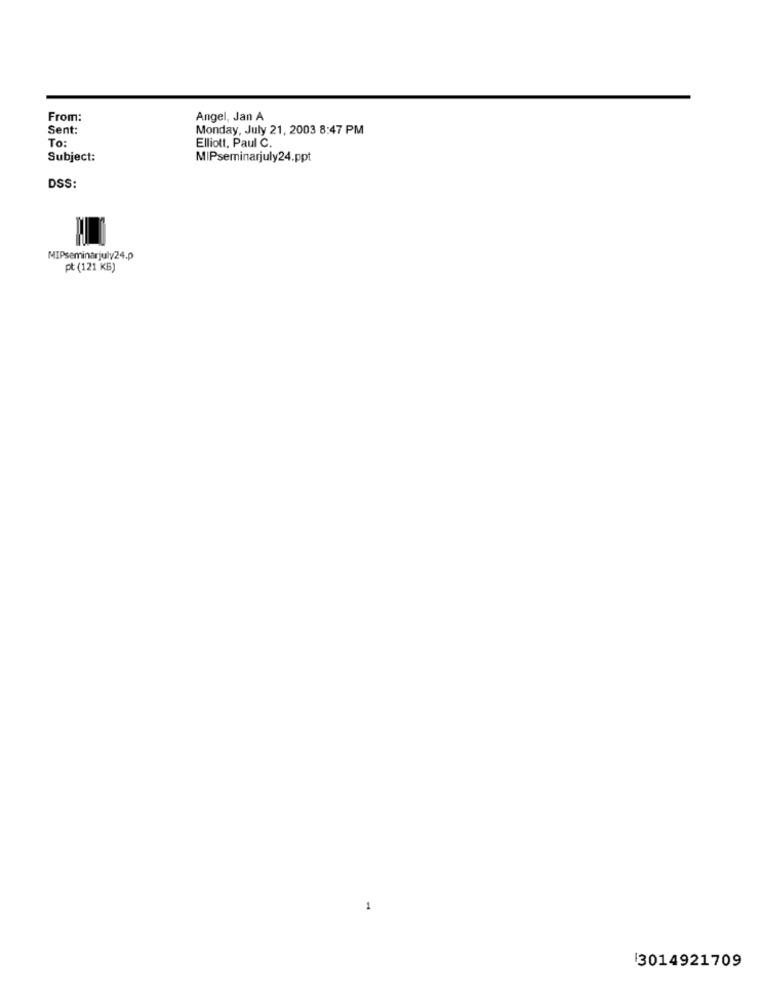
From:
Angel, Jan A
Sent:
Monday, July 21, 2003 8:47 PM
To:
Elliott, Paul C.
Subject:
MIPseminarjuly24.ppt
DSS:
MIPseminarjuly24.p
pt (121 KB)
1
3014921709